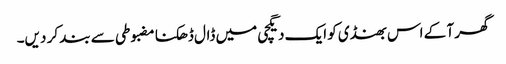
گھر آ کے اس بھنڈی کو ایک دیگچی میں ڈال ڈھکنا مضبوطی سے بند کر دیں۔